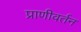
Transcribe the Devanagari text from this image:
प्राणीवर्तन